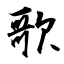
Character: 歌